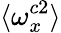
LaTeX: \langle\omega_{x}^{c2}\rangle